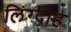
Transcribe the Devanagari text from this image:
लिंग्दोह